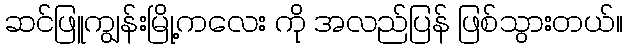
ဆင်ဖြူကျွန်းမြို့ကလေး ကို အလည်ပြန် ဖြစ်သွားတယ်။